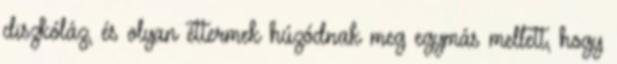
diszkóláz, és olyan éttermek húzódnak meg egymás mellett, hogy